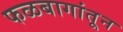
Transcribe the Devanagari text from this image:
फळबागांतून